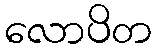
လောပိတ